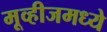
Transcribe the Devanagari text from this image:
मूव्हीजमध्ये